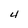
Character: 4